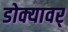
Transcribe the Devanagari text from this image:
डोक्यावर्